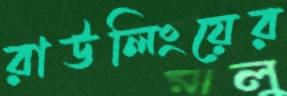
রাউলিংয়ের